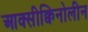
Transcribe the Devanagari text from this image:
आक्सीक्विनोलीन